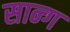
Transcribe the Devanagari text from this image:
सान्ग